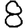
Digit: 8